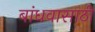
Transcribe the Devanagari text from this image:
बांधवासाठी